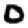
Digit: 0